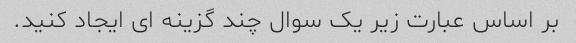
بر اساس عبارت زیر یک سوال چند گزینه ای ایجاد کنید.